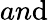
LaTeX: an\mathrm{d}